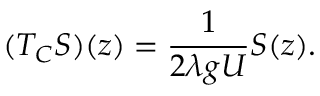
( T _ { C } S ) ( z ) = \frac { 1 } { 2 \lambda g U } S ( z ) .